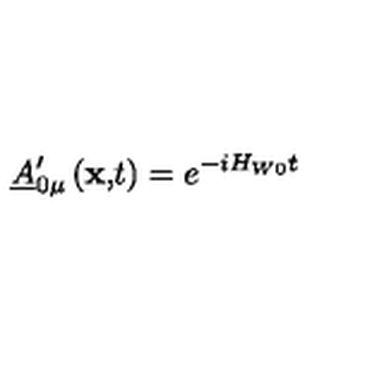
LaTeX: \underline { { A } } _ { 0 \mu } ^ { \prime } \left( \mathbf { x , } t \right) = e ^ { - i H _ { W 0 } t }